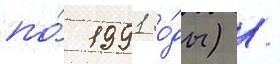
по́ 1991 го́ды) /